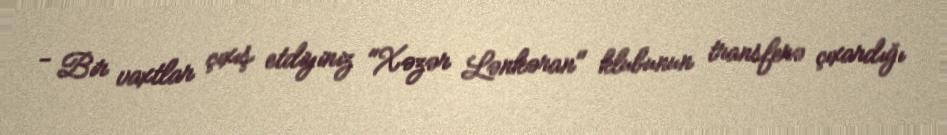
- Bir vaxtlar çıxış etdiyiniz "Xəzər Lənkəran" klubunun transferə çıxardığı